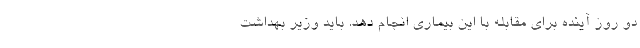
دو روز آینده برای مقابله با این بیماری انجام دهد. باید وزیر بهداشت